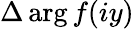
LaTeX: \Delta\arg f(iy)